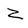
Character: Z